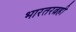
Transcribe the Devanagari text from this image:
भारतरत्नही